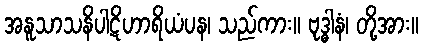
အနူသာသနိပါဋိဟာရိယံပန၊ သည်ကား။ ဗုဒ္ဓါနံ၊ တို့အား။